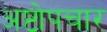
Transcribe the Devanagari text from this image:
अष्टोपचार